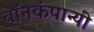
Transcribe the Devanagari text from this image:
बॉनकंपान्यी